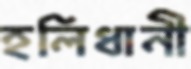
হলিধানী